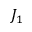
J _ { 1 }